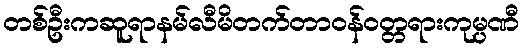
တစ်ဦးကဆူရာနမ်လီမိတက်တာဝန်ဝတ္တရားကုမ္ပဏီ